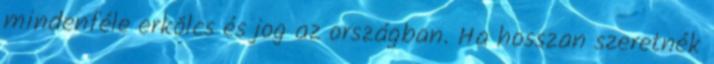
mindenféle erkölcs és jog az országban. Ha hosszan szeretnék